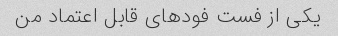
یکی از فست فودهای قابل اعتماد من